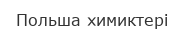
Польша химиктері